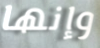
وإنها